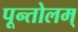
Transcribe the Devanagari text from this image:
पून्तोलम्